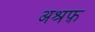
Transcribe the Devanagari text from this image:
अश्रफ़